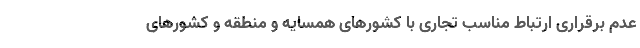
عدم برقراریِ ارتباطِ مناسب تجاری با کشورهای همسایه و منطقه و کشورهای